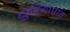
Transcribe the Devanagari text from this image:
धुरियापार